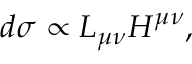
d \sigma \propto L _ { \mu \nu } H ^ { \mu \nu } ,